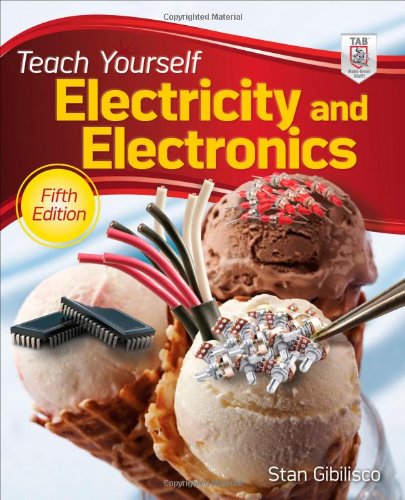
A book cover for Teach Yourself Electricity and Electronics, 5th Edition (Teach Yourself Electricity & Electronics); Stan Gibilisco; Science & Math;